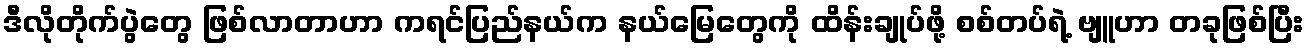
ဒီလိုတိုက်ပွဲတွေ ဖြစ်လာတာဟာ ကရင်ပြည်နယ်က နယ်မြေတွေကို ထိန်းချုပ်ဖို့ စစ်တပ်ရဲ့ ဗျူဟာ တခုဖြစ်ပြီး